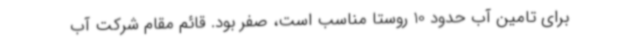
برای تامین آب حدود 10 روستا مناسب است، صفر بود. قائم مقام شرکت آب